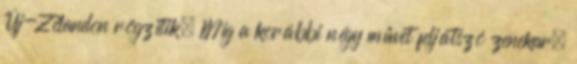
Új-Zélandon rögzítik. Míg a korábbi négy művet feljátszó zenekar,